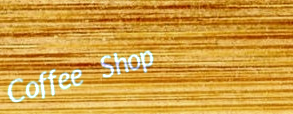
Coffee Shop